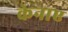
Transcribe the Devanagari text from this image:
केनाए